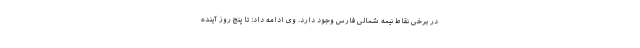
در برخی نقاط نیمه شمالی فارس وجود دارد. وی ادامه داد: تا پنج روز آینده